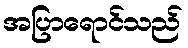
အပြာရောင်သည်